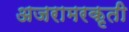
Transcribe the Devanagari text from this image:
अजरामरकृती